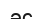
әс